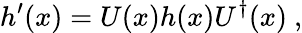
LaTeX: h^{\prime}(x)=U(x)h(x)U^{\dagger}(x)\ ,